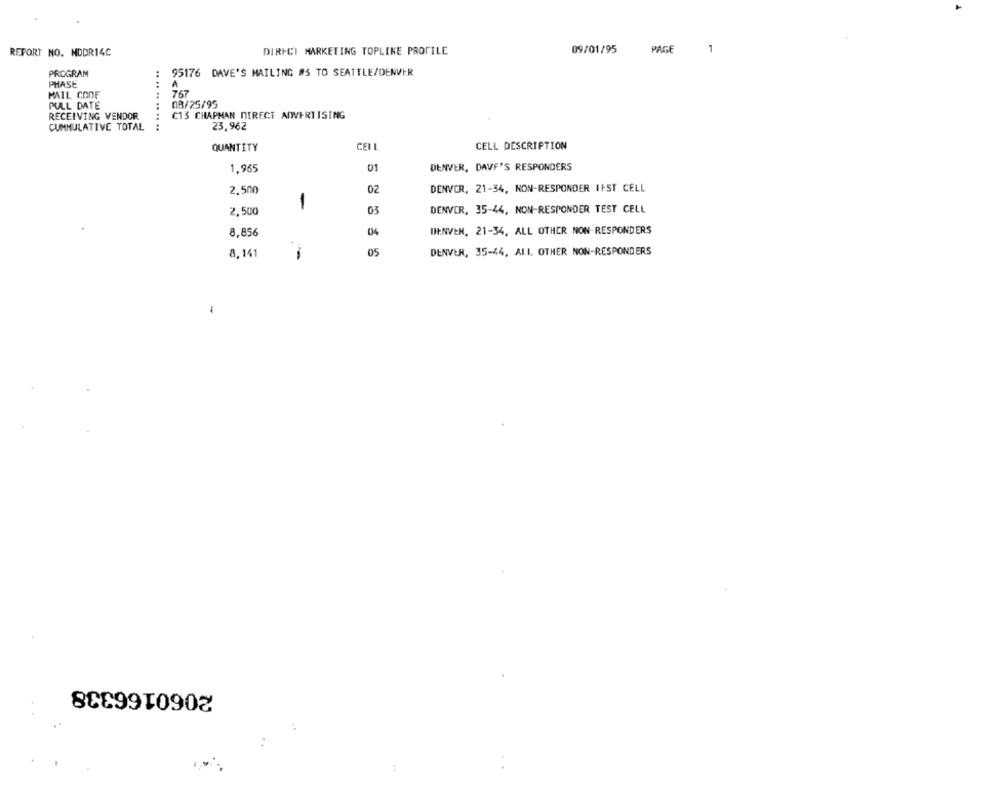
REPORT NO. NDDR14C
DIRICI MARKETING TOPLINE PROFILE
09/01/95
PAGE
1
PROGRAM
95176 DAVE'S MAILING #5 TO SEATTLE/DENVER
PHASE
A
MAIL CODE
767
08/25/95
PULL DATE
RECEIVING VENDOR
C13 CHAPMAN DIRECT ADVERTISING
CUMNULATIVE TOTAL
23,962
.. ........ ..
QUANTITY
CELL
CELL DESCRIPTION
01
DENVER, DAVE'S RESPONDERS
1.965
2,500
02
DENVER, 21-34, NON-RESPONDER IFST CELL
1
2,500
03
DENVER, 35-44, NON-RESPONDER TEST CELL
DENVER, 21-34, ALL OTHER NON-RESPONDERS
8,856
04
8,141
05
DENVER, 35-44, AIL. OTHER NON-RESPONDERS
2060166338